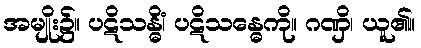
အမျိုး၌။ ပဋိသန္ဓိံ၊ ပဋိသန္ဓေကို။ ဂဏှိ၊ ယူ၏။